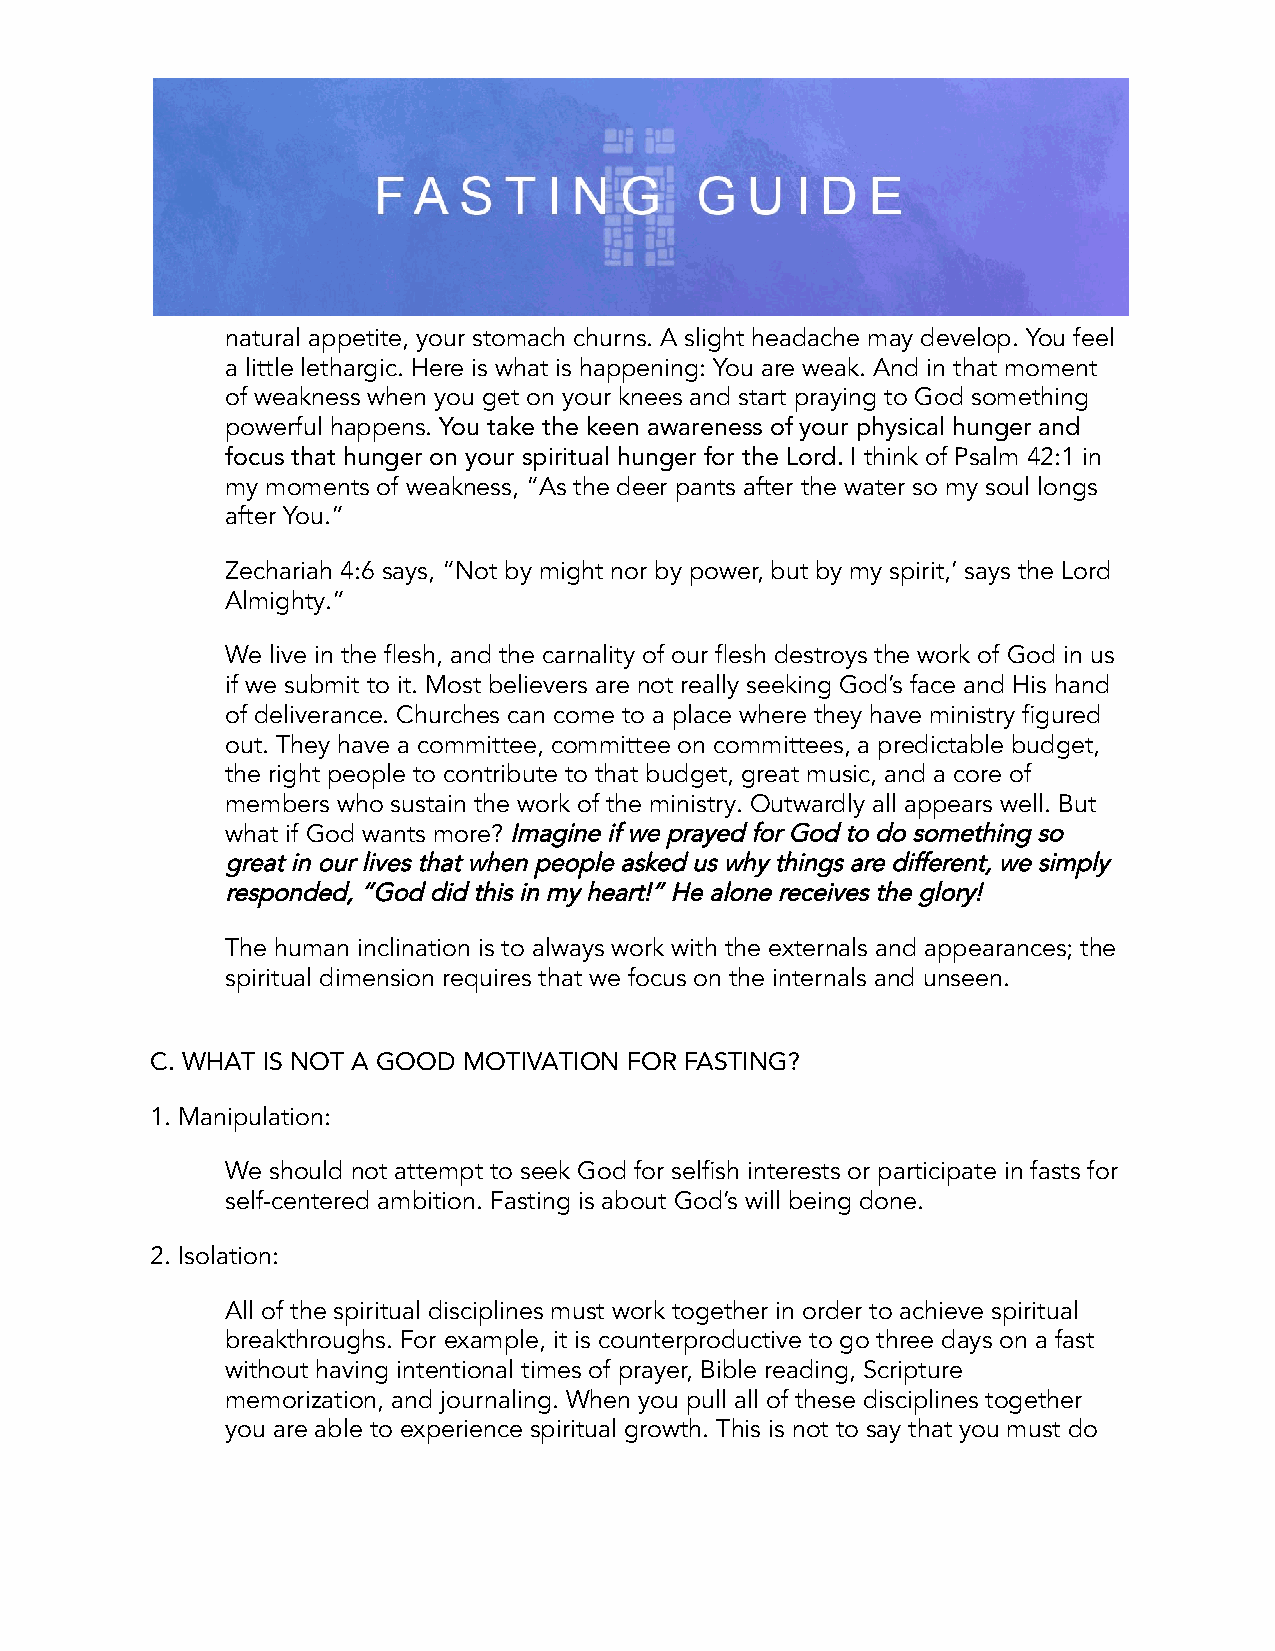
natural appetite, your stomach churns. A slight headache may develop. You feel
 a little lethargic. Here is what is happening: You are weak. And in that moment
 of weakness when you get on your knees and start praying to God something
 powerful happens. You take the keen awareness of your physical hunger and
 focus that hunger on your spiritual hunger for the Lord. I think of Psalm 42:1 in
 my moments of weakness, “As the deer pants after the water so my soul longs
 after You.”
 Zechariah 4:6 says, “Not by might nor by power, but by my spirit,’ says the Lord
 Almighty.”
 We live in the flesh, and the carnality of our flesh destroys the work of God in us
 if we submit to it. Most believers are not really seeking God’s face and His hand
 of deliverance. Churches can come to a place where they have ministry figured
 out. They have a committee, committee on committees, a predictable budget,
 the right people to contribute to that budget, great music, and a core of
 members who sustain the work of the ministry. Outwardly all appears well. But
 what if God wants more?Imagine if we prayed for Godto do something so
 great in our lives that when people asked us why things are different, we simply
 responded, “God did this in my heart!” He alone receives the glory!
 The human inclination is to always work with the externals and appearances; the
 spiritual dimension requires that we focus on the internals and unseen.
 C. WHAT IS NOT A GOOD MOTIVATION FOR FASTING?
 1. Manipulation:
 We should not attempt to seek God for selfish interests or participate in fasts for
 self-centered ambition. Fasting is about God’s will being done.
 2. Isolation:
 All of the spiritual disciplines must work together in order to achieve spiritual
 breakthroughs. For example, it is counterproductive to go three days on a fast
 without having intentional times of prayer, Bible reading, Scripture
 memorization, and journaling. When you pull all of these disciplines together
 you are able to experience spiritual growth. This is not to say that you must do